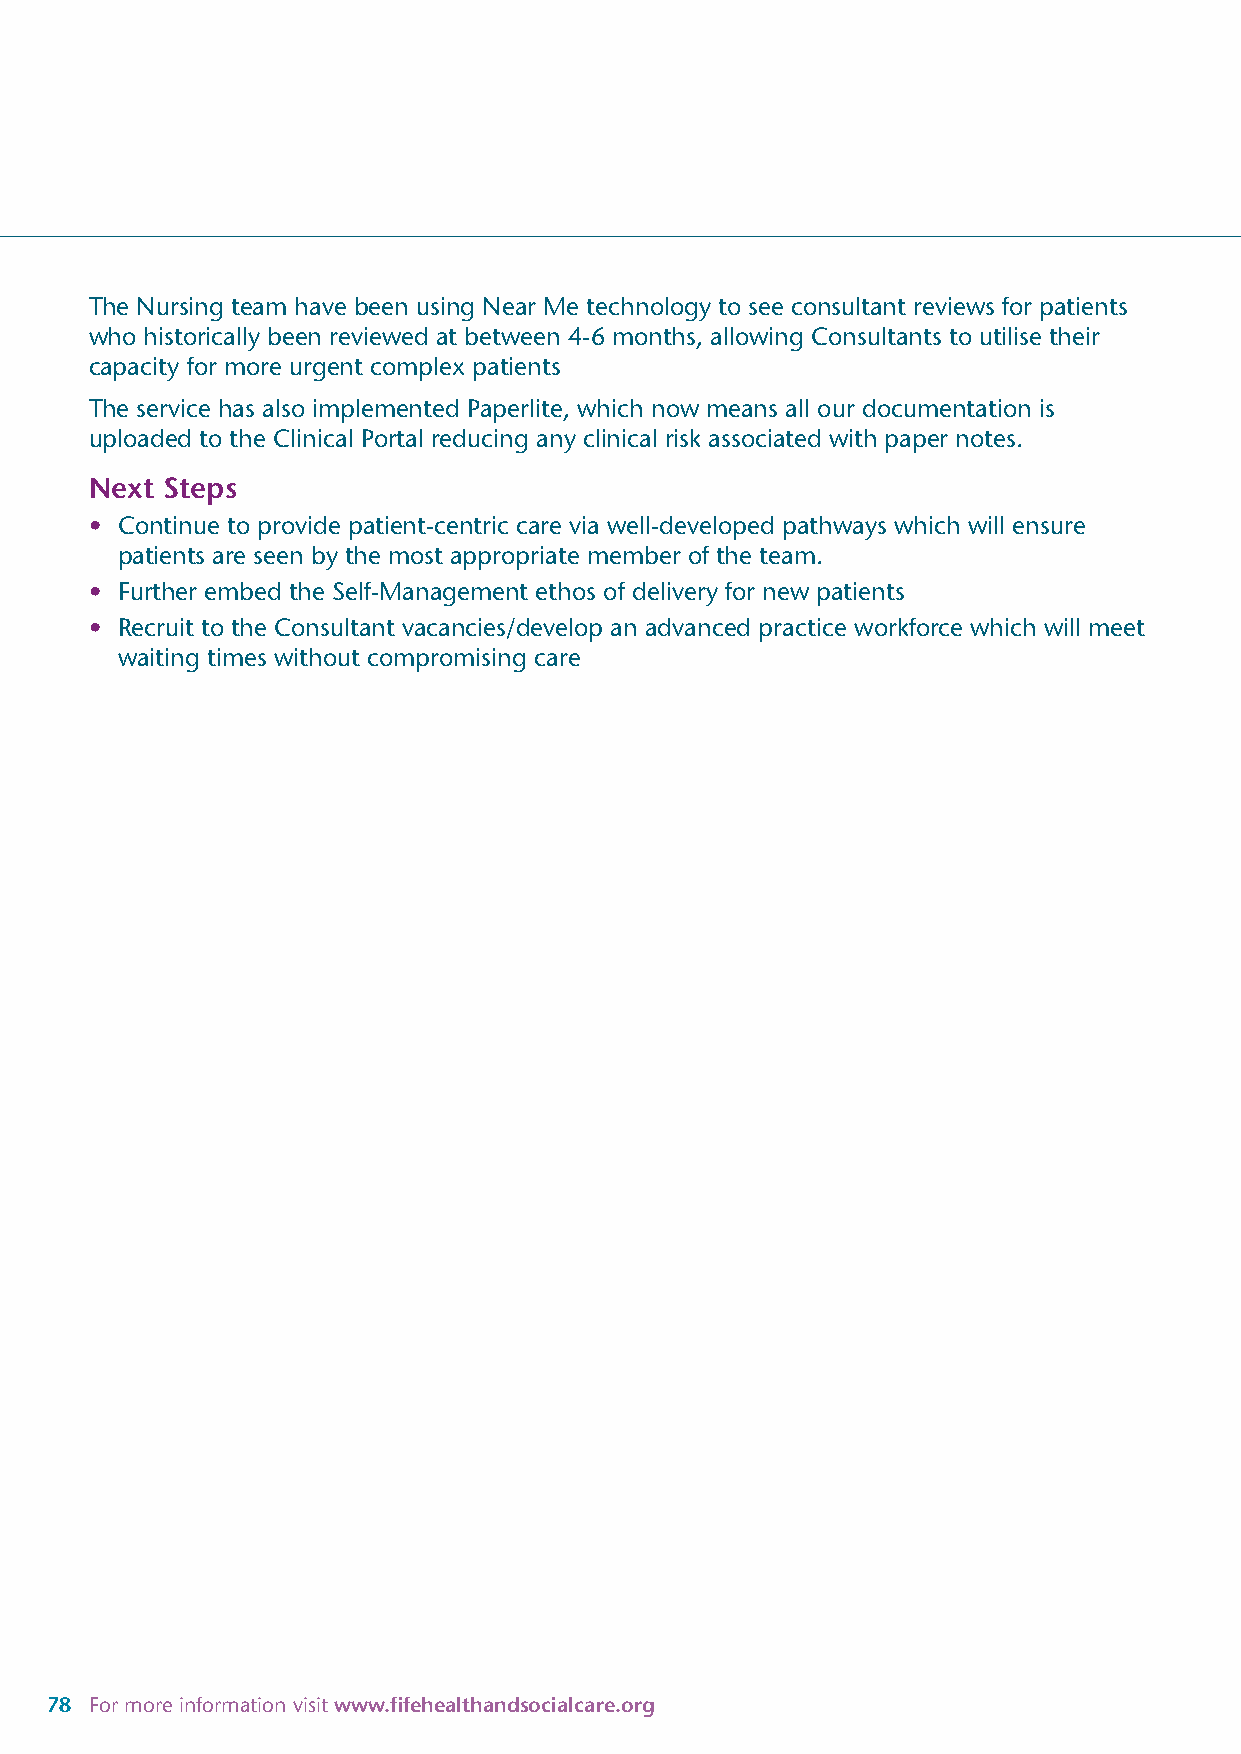
The Nursing team have been using Near Me technology to see consultant reviews for patients
 who historically been reviewed at between 4-6 months, allowing Consultants to utilise their
 capacity for more urgent complex patients
 The service has also implemented Paperlite, which now means all our documentation is
 uploaded to the Clinical Portal reducing any clinical risk associated with paper notes.
 Next Steps
 • Continue to provide patient-centric care via well-developed pathways which will ensure
 patients are seen by the most appropriate member of the team.
 • Further embed the Self-Management ethos of delivery for new patients
 • Recruit to the Consultant vacancies/develop an advanced practice workforce which will meet
 waiting times without compromising care
 78 For more information visit www.fifehealthandsocialcare.org